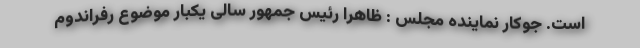
است. جوکار نماینده مجلس : ظاهرا رئیس جمهور سالی یکبار موضوع رفراندوم